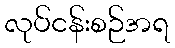
လုပ်ငန်းစဉ်အရ